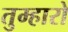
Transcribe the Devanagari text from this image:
तुम्‍हारो